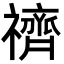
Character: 䄢